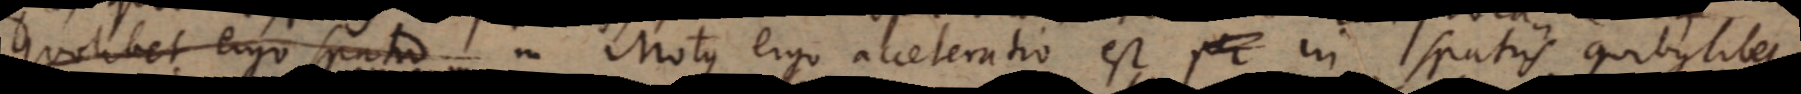
quolibet ergo spatio in reciproca. Motus ergo acceleratio est per in spatiis quibuslibet